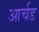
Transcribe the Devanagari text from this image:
आर्चड